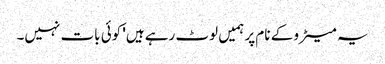
یہ میٹرو کے نام پر ہمیں لوٹ رہے ہیں' کوئی بات نہیں۔